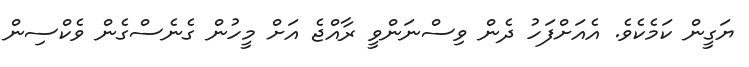
ޔަގީން ކަމެކެވެ. އެއަށްފަހު ދެން ވިސްނަންވީ ރާއްޖެ އަށް މީހުން ގެނެސްގެން ވެކްސިން